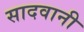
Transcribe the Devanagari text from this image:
सादवानी